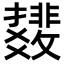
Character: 𫿟